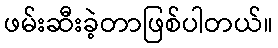
ဖမ်းဆီးခဲ့တာဖြစ်ပါတယ်။